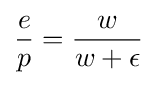
{\frac {e}{p}}={\frac {w}{w+\epsilon }}